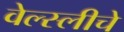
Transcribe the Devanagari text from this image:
वेल्स्लीचे